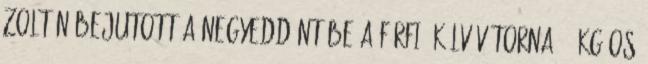
Zoltán bejutott a negyeddöntőbe a férfi ökölvívótorna 75 kg-os